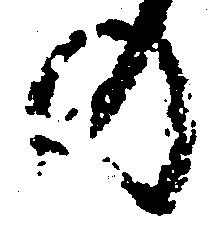
の